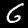
Label: 6